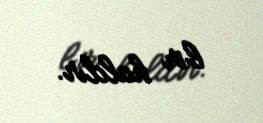
bir haldır.